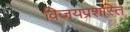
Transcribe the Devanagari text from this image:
विजयप्रशस्ति